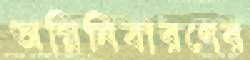
অগ্নিনিবারণের